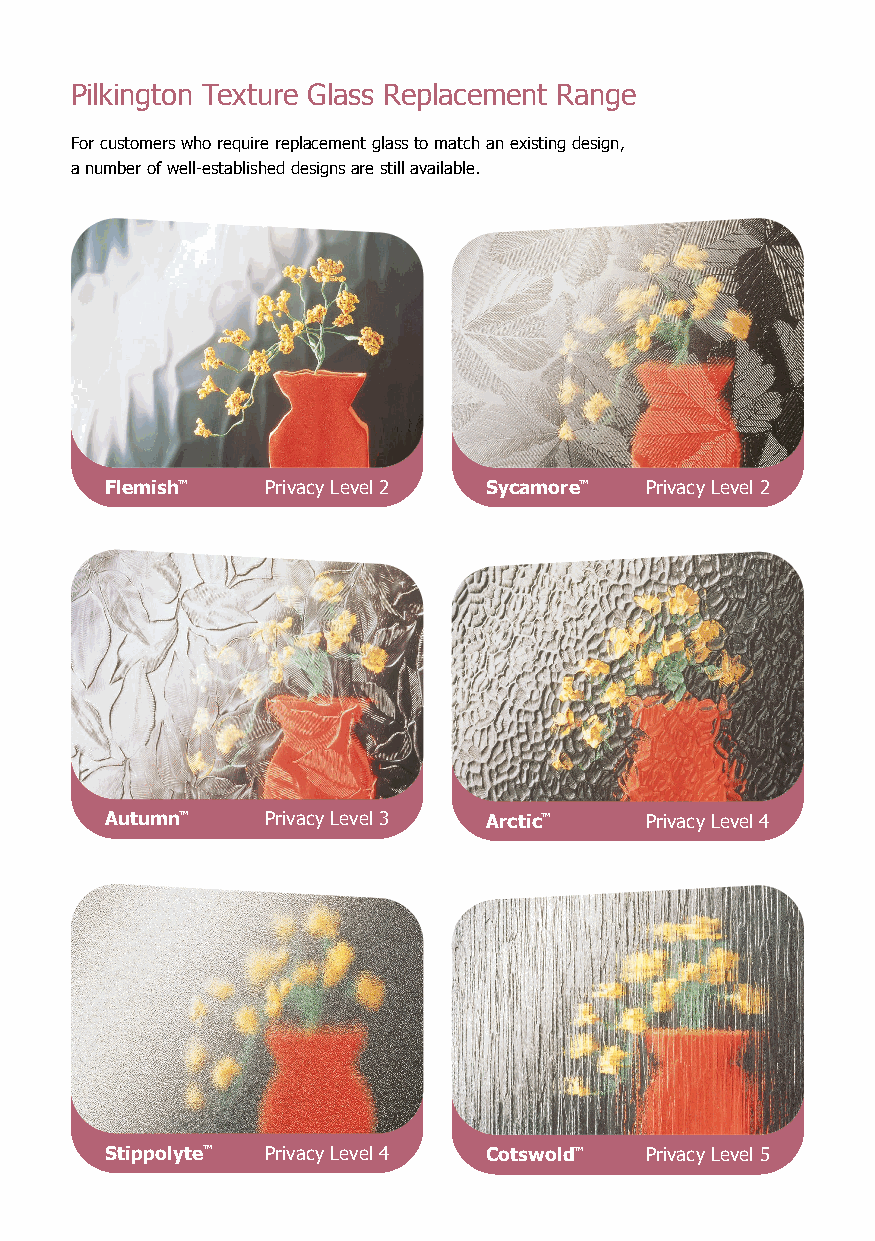
Pilkington Texture Glass Replacement Range
 For customers who require replacement glass to match an existing design,
 a number of well-established designs are still available.
 Flemish™   Privacy Level 2 Sycamore™ Privacy Level 2
 Autumn™    Privacy Level 3 Arctic™  Privacy Level 4
 Stippolyte™ Privacy Level 4 Cotswold™ Privacy Level 5